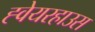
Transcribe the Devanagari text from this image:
ह्वेयरहाउस